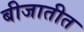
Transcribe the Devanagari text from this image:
बीजातीत